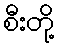
စီးတို့